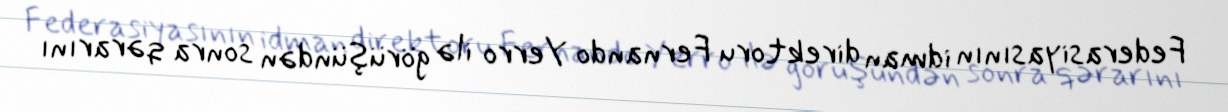
Federasiyasının idman direktoru Fernando Yerro ilə görüşündən sonra qərarını